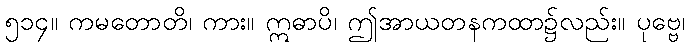
၅၁၄။ ကမတောတိ၊ ကား။ ဣဓာပိ၊ ဤအာယတနကထာ၌လည်း။ ပုဗ္ဗေ၊